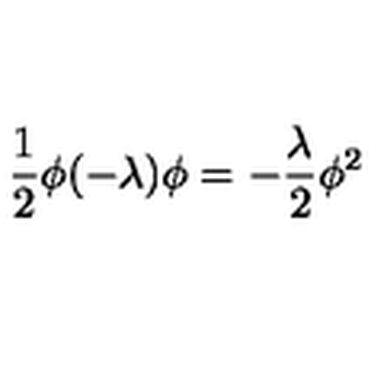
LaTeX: \frac { 1 } { 2 } \phi ( - \lambda ) \phi = - \frac { \lambda } { 2 } \phi ^ { 2 }